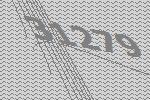
31279